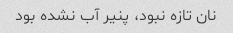
نان تازه نبود، پنیر آب نشده بود